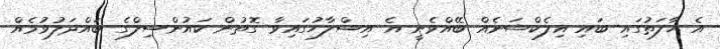
އެ ހާލަތުގައި ބައި އިލެކްޝަނެއް ބޭއްވެނީ އެ އިސްލާހުގައިވާ ގޮތުން ކައުންސިލްގެ ބައްދަލުވުމެއް